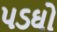
પડઘો